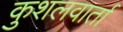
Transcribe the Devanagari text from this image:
कुशलवार्ता